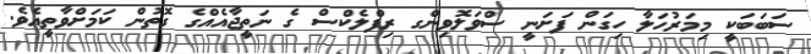
ސަބަބަކީ މިމަރުހަލާ ހިގަން ފަށަނީ ސްވަލޮވިންގ ރިފްލެކްސް ގެ ނަތީޖާއެއްގެ ގޮތުން ކަމަށްވާތީއެވެ.